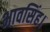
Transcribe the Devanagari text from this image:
भावसिंह।